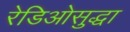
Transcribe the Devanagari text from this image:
रेडिओसुद्धा